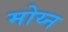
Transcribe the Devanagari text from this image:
मोय्न